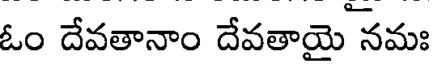
ఓం దేవతానాం దేవతాయై నమః